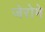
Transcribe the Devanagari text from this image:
जेरोमे